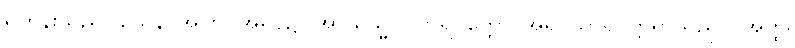
ရဟန်းသည်။ ယေန၊ အကြင်အရပ်၌။ အာယသ္မာ သာရိပုတ္တော၊ အရှင်သာရိပုတ္တရာသည်။ (အတ္ထိ၊